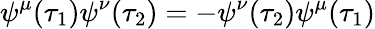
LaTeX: \psi^{\mu}(\tau_{1})\psi^{\nu}(\tau_{2})=-\psi^{\nu}(\tau_{2})\psi^{\mu}(\tau_{1})